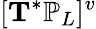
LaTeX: [\mathbf{T}^{*}\mathbb{P}_{L}]^{v}